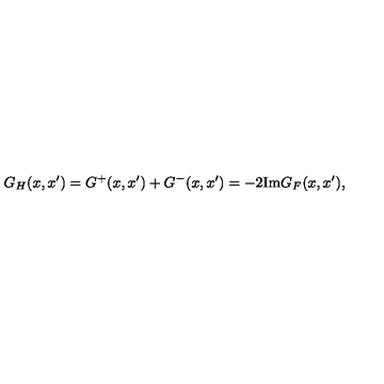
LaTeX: G _ { H } ( x , x ^ { \prime } ) = G ^ { + } ( x , x ^ { \prime } ) + G ^ { - } ( x , x ^ { \prime } ) = - 2 \mathrm { I m } G _ { F } ( x , x ^ { \prime } ) ,